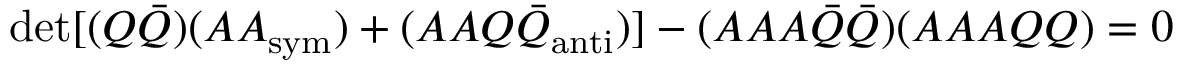
\operatorname * { d e t } [ ( Q { \bar { Q } } ) ( A A _ { \mathrm { s y m } } ) + ( A A Q { \bar { Q } } _ { \mathrm { a n t i } } ) ] - ( A A A { \bar { Q } } { \bar { Q } } ) ( A A A Q Q ) = 0